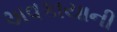
અવકાયાની